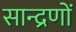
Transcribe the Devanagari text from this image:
सान्द्रणों